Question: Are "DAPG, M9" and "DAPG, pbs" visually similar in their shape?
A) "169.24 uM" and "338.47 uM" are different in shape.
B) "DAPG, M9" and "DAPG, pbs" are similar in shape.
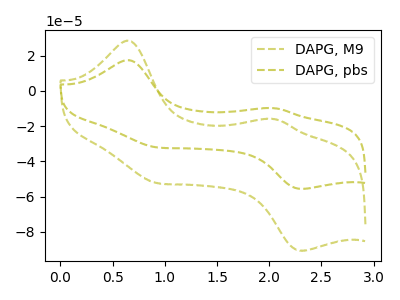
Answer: <think>The olive dashed curve "DAPG, M9" has anodic peaks at (0.65V, 28.55uA) (2.05V, -15.95uA) and cathodic peaks at (0.90V, -52.10uA) (2.30V, -90.80uA). The olive dashed curve "DAPG, pbs" has anodic peaks at (0.65V, 17.50uA) (2.05V, -9.75uA) and cathodic peaks at (0.90V, -31.95uA) (2.30V, -55.65uA).
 All the peaks in "DAPG, M9" have a peak in "DAPG, pbs" at the same potential.</think>
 <answer>B) "DAPG, M9" and "DAPG, pbs" are similar in shape.</answer>
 <eval>B</eval>